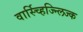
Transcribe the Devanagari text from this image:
वार्स्च्हिज्न्लिज्क